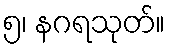
၅၊ နဂရသုတ်။